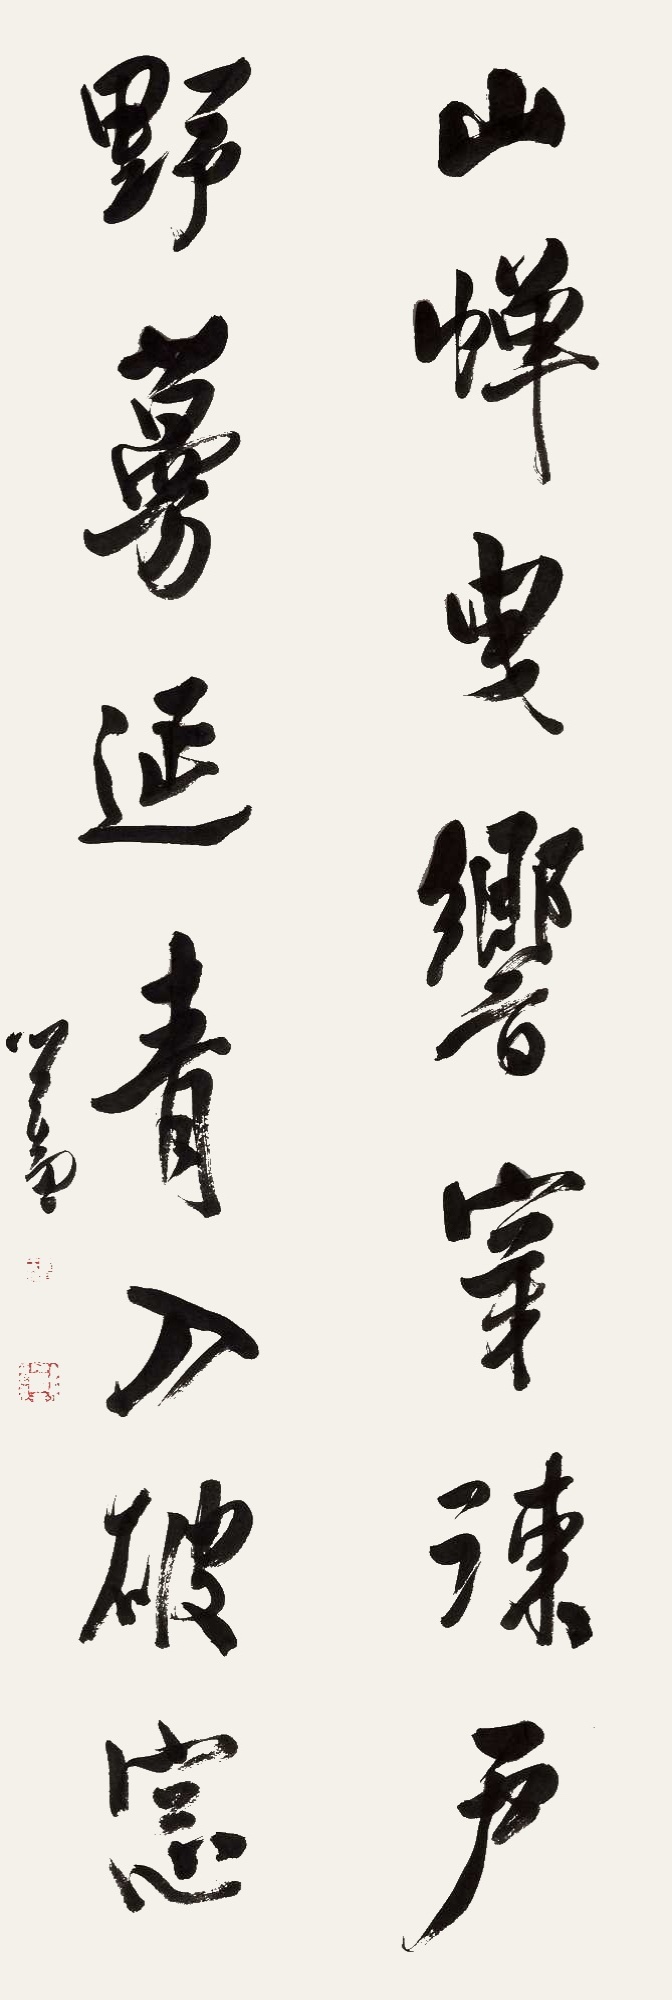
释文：山蝉带响穿疏户，野蔓盘青入破窗。旧王孙、溥儒